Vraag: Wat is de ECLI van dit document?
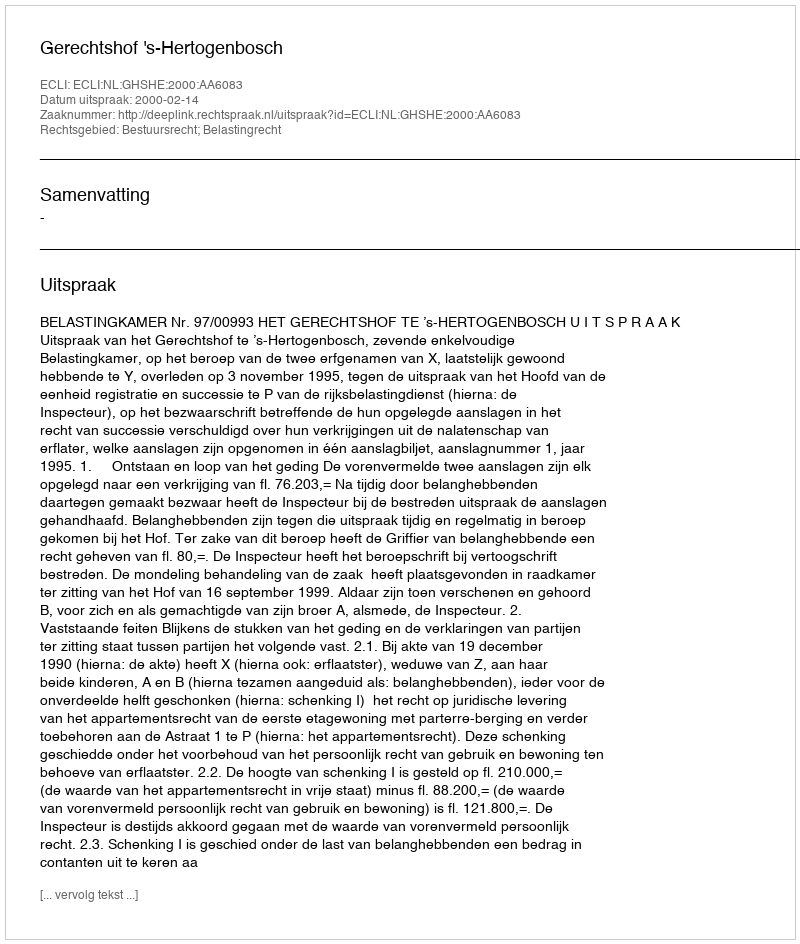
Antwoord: ECLI:NL:GHSHE:2000:AA6083